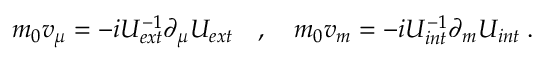
\begin{array} { r } { m _ { 0 } v _ { \mu } = - i U _ { e x t } ^ { - 1 } \partial _ { \mu } U _ { e x t } \quad , \quad m _ { 0 } v _ { m } = - i U _ { i n t } ^ { - 1 } \partial _ { m } U _ { i n t } \; . } \end{array}